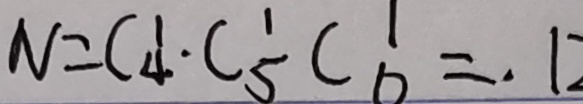
N = C _ { 4 } ^ { 1 } \cdot C _ { 5 } ^ { 1 } C _ { 6 } ^ { 1 } = . 1 2